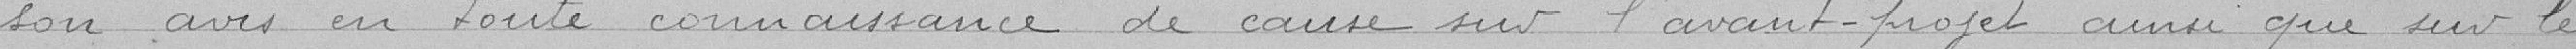
son avis en toute connaissance de cause sur l'avant projet ainsi que sur les